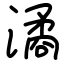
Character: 潏